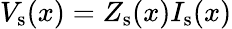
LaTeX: V_{\mathrm{s}}(x)=Z_{\mathrm{s}}(x)I_{\mathrm{s}}(x)